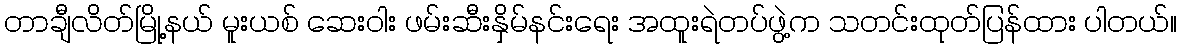
တာချီလိတ်မြို့နယ် မူးယစ် ဆေးဝါး ဖမ်းဆီးနှိမ်နင်းရေး အထူးရဲတပ်ဖွဲ့က သတင်းထုတ်ပြန်ထား ပါတယ်။